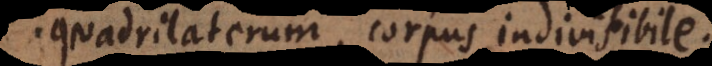
quadrilaterum, corpus indivisibile.